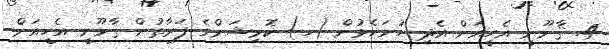
4. ޤާނޫނީ އެހީއަށް އެދި ހުށަހެޅުން (ހ) ކޮމިޝަންގެ ފަރާތުން ޤާނޫނީ އެހީއަށް